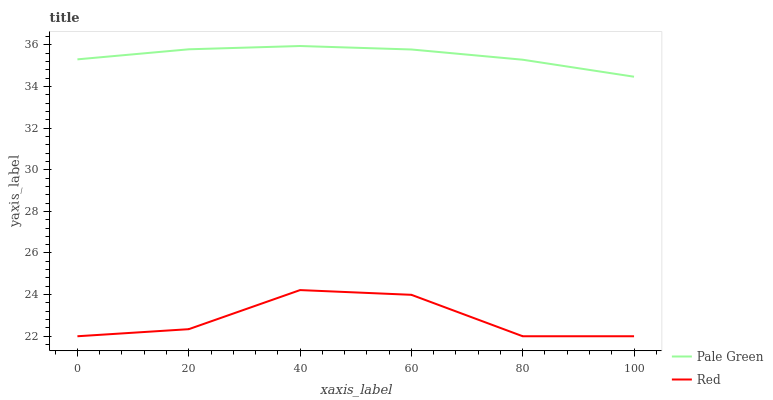
| xaxis_label | Pale Green | Red |
 | --- | --- | --- |
 | 0 | 35.3 | 22 |
 | 20 | 35.8 | 22.3 |
 | 40 | 35.9 | 24.2 |
 | 60 | 35.8 | 24 |
 | 80 | 35.3 | 22 |
 | 100 | 34.5 | 22 |